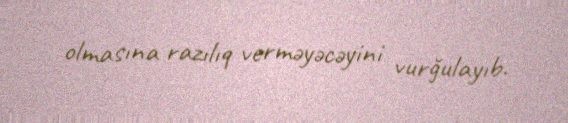
olmasına razılıq verməyəcəyini vurğulayıb.